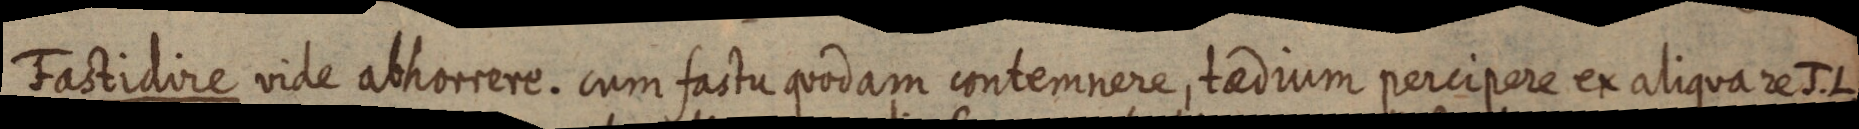
Fastidire vide abhorrere. cum fastu quodam contemnere, taedium percipere ex aliqua re J. L.